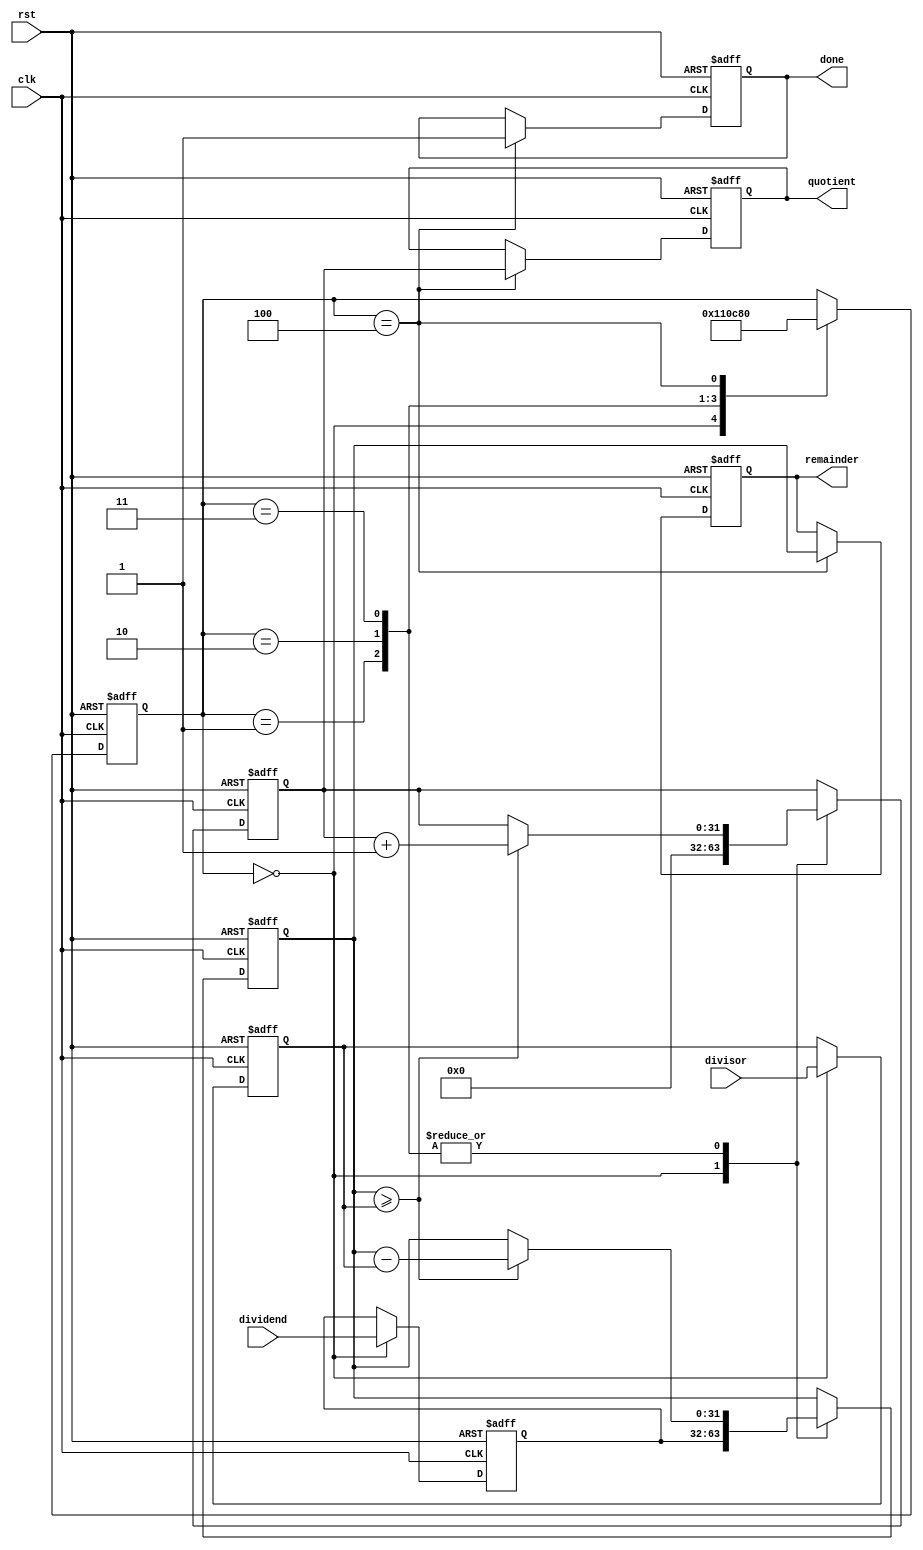
module pipelined_divider (
    input wire clk,
    input wire rst,
    input wire [31:0] dividend,
    input wire [31:0] divisor,
    output reg [31:0] quotient,
    output reg [31:0] remainder,
    output reg done
);

reg [31:0] dividend_reg;
reg [31:0] divisor_reg;
reg [31:0] partial_remainder;
reg [31:0] partial_quotient;
reg [4:0] stage;

always @(posedge clk or posedge rst) begin
    if (rst) begin
        stage <= 0;
        dividend_reg <= 0;
        divisor_reg <= 0;
        partial_remainder <= 0;
        partial_quotient <= 0;
        quotient <= 0;
        remainder <= 0;
        done <= 0;
    end else begin
        case (stage)
            0: begin
                dividend_reg <= dividend;
                divisor_reg <= divisor;
                partial_remainder <= dividend_reg;
                partial_quotient <= 0;
                stage <= 1;
            end
            1: begin
                if (partial_remainder >= divisor_reg) begin
                    partial_remainder <= partial_remainder - divisor_reg;
                    partial_quotient <= partial_quotient + 1;
                end
                stage <= 2;
            end
            2: begin
                if (partial_remainder >= divisor_reg) begin
                    partial_remainder <= partial_remainder - divisor_reg;
                    partial_quotient <= partial_quotient + 1;
                end
                stage <= 3;
            end
            3: begin
                if (partial_remainder >= divisor_reg) begin
                    partial_remainder <= partial_remainder - divisor_reg;
                    partial_quotient <= partial_quotient + 1;
                end
                stage <= 4;
            end
            4: begin
                quotient <= partial_quotient;
                remainder <= partial_remainder;
                done <= 1;
                stage <= 0;
            end
        endcase
    end
end

endmodule